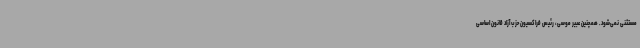
مستثنی نمی‌شود. همچنین عبیر موسی، رئیس فراکسیون حزب آزاد قانون اساسی